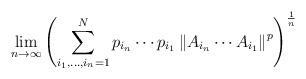
LaTeX: \begin{align*}\lim_{n \to \infty} \left(\sum_{i_1,\ldots,i_n=1}^N p_{i_n}\cdots p_{i_1}\left\|A_{i_n}\cdots A_{i_1}\right\|^p \right)^{\frac{1}{n}}\end{align*}